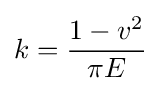
k={\frac {1-v^{2}}{\pi E}}